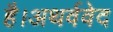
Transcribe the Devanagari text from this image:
है।अथर्ववेद